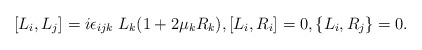
\begin{align*} [L_i, L_j]=i\epsilon_{ijk}\;L_k(1+2\mu_k R_k),[L_i, R_i]=0,\{L_i, R_{j}\}=0.\end{align*}